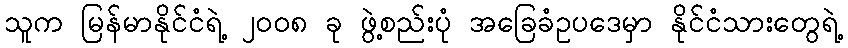
သူက မြန်မာနိုင်ငံရဲ့ ၂၀၀၈ ခု ဖွဲ့စည်းပုံ အခြေခံဥပဒေမှာ နိုင်ငံသားတွေရဲ့